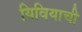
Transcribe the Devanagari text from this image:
यिवियाची